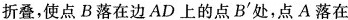
折叠，使点B落在边AD上的点B^{\prime}处，点A落在